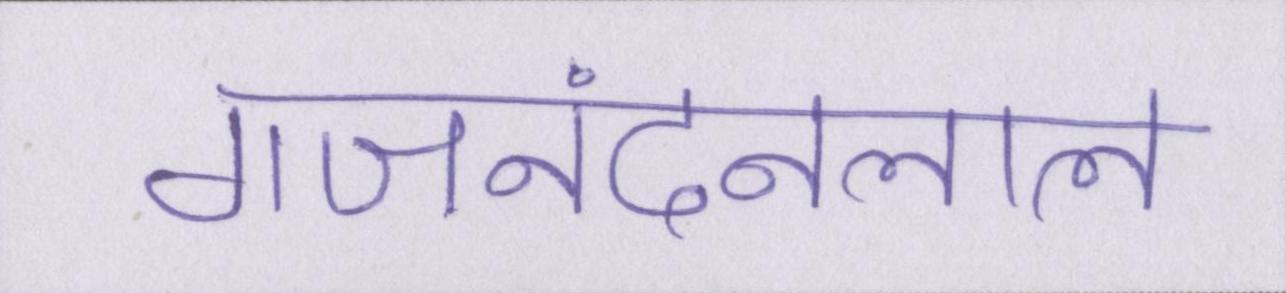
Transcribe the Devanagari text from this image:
गजनंदनलाल